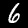
Digit: 6